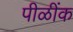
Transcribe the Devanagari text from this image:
पीळींक